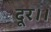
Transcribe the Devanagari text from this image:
दूर।।